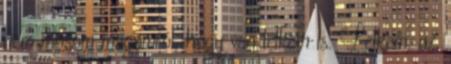
nem mosom magamról, hogy van lelkem is. Lelkem. az,